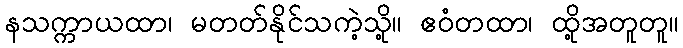
နသက္ကာယထာ၊ မတတ်နိုင်သကဲ့သို့။ ဧဝံတထာ၊ ထို့အတူတူ။